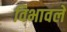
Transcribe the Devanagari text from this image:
विभावले